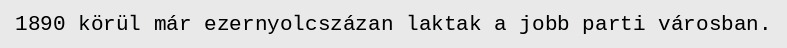
1890 körül már ezernyolcszázan laktak a jobb parti városban.